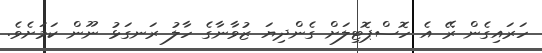
ހަރައިގެން ރޭ އެ ހޮސްޕޮޓިލަށް ގެންދިޔަ ޒުވާނާގެ ހާލު ރަނގަޅު ނޫން ކަމަށެވެ.